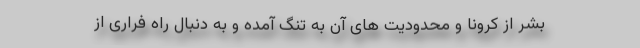
بشر از کرونا و محدودیت های آن به تنگ آمده و به دنبال راه فراری از